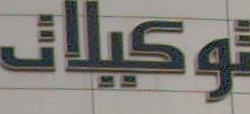
توكيلات